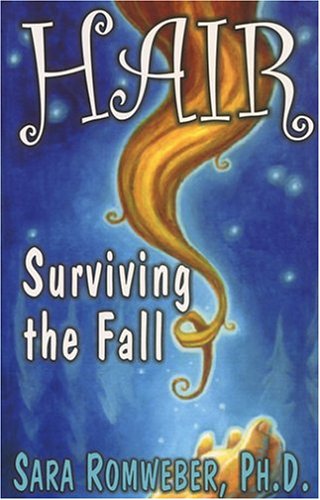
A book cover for Hair: Surviving the Fall; Sara Romweber; Health, Fitness & Dieting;